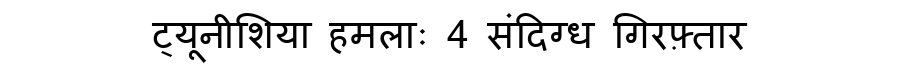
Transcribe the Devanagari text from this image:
ट्यूनीशिया हमलाः 4 संदिग्ध गिरफ़्तार